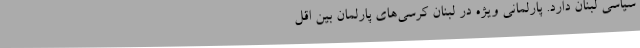
سیاسی لبنان دارد. پارلمانی ویژه در لبنان کرسی‌های پارلمان بین اقل